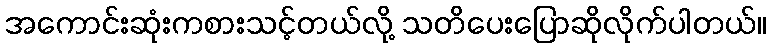
အကောင်းဆုံးကစားသင့်တယ်လို့ သတိပေးပြောဆိုလိုက်ပါတယ်။